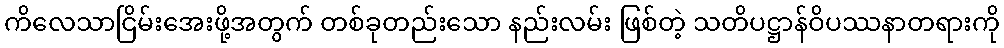
ကိလေသာငြိမ်းအေးဖို့အတွက် တစ်ခုတည်းသော နည်းလမ်း ဖြစ်တဲ့ သတိပဋ္ဌာန်ဝိပဿနာတရားကို